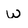
Character: w